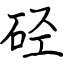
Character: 硁